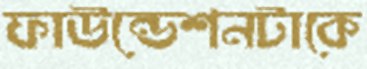
ফাউন্ডেশনটাকে